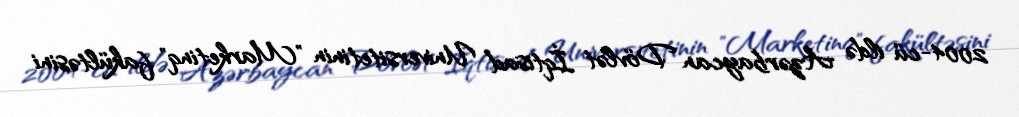
2004-cü ildə Azərbaycan Dövlət İqtisad Universitetinin "Marketinq" fakültəsini